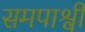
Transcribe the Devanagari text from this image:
समपार्श्वी